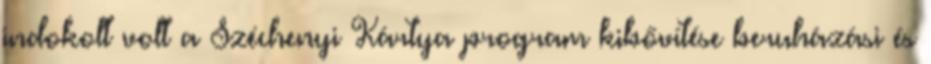
indokolt volt a Széchenyi Kártya program kibővítése beruházási és